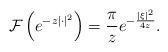
LaTeX: \begin{align*}\mathcal F\left(e^{-z|\cdot|^2}\right)=\frac{\pi}{z}e^{-\frac{|\xi|^2}{4z}}.\end{align*}